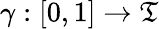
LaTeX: \gamma:\left[0,1\right]\rightarrow\mathfrak{T}